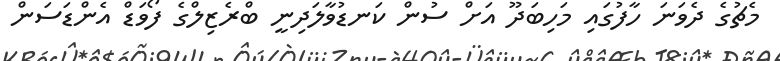
މެޗުގެ ދެވަނަ ހާފުގައި މަހިބަދޫ އަށް ސުން ކަނޑުވާލަދިނީ ބްރެޒިލްގެ ފޯވަޑް އެންޑަސަން